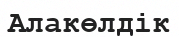
Алакөлдік